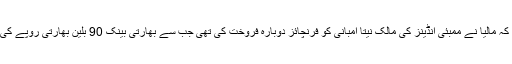
دوسری جانب افواہیں گردش کررہی ہیں کہ مالیا نے ممبئی انڈینز کی مالک نیتا امبانی کو فرنچائز دوبارہ فروخت کی تھی جب سے بھارتی بینک 90 بلین بھارتی روپے کی عدم ادائیگی پر ان کا پیچھا کررہے ہیں۔